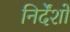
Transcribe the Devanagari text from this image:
निर्देंशों